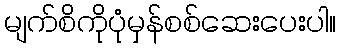
မျက်စိကိုပုံမှန်စစ်ဆေးပေးပါ။